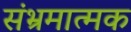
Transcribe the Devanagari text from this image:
संभ्रमात्मक